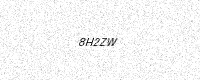
Text: 8H2ZW